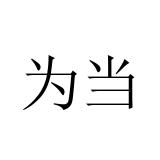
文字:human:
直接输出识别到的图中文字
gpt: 为当